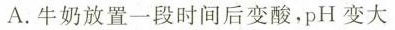
A.牛奶放置一段时间后变酸，pH变大